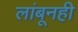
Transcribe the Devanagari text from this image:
लांबूनही